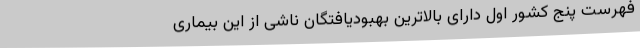
فهرست پنج کشور اول دارای بالاترین بهبودیافتگان ناشی از این بیماری